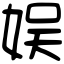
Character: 娱